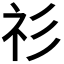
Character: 𥘎